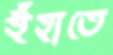
ইঁহাতে